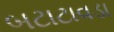
બટાટાવડા